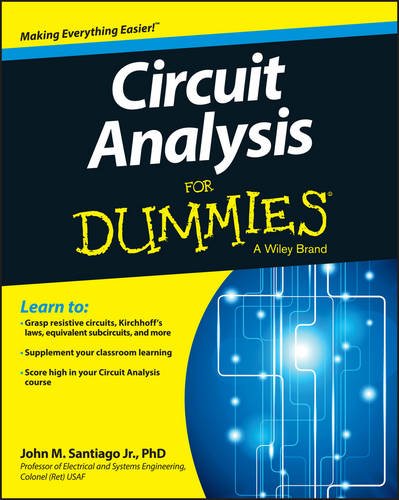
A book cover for Circuit Analysis For Dummies; John Santiago; Science & Math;